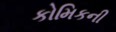
કોમિકની